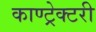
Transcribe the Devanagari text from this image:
काण्ट्रेक्टरी